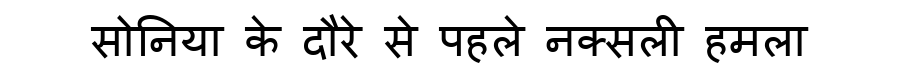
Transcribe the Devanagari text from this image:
सोनिया के दौरे से पहले नक्सली हमला